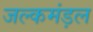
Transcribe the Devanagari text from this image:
जल्कमंड़ल